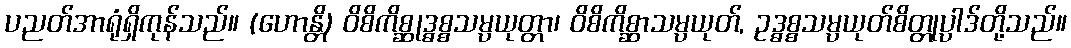
ပညတ်အာရုံရှိကုန်သည်။ (ဟောန္တိ) ဝိစိကိစ္ဆုဒ္ဓစ္စသမ္ပယုတ္တာ၊ ဝိစိကိစ္ဆာသမ္ပယုတ်, ဥဒ္ဓစ္စသမ္ပယုတ်စိတ္တုပ္ပါဒ်တို့သည်။